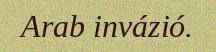
Arab invázió.